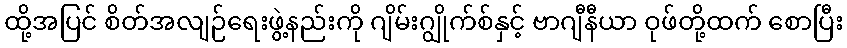
ထို့အပြင် စိတ်အလျဉ်ရေးဖွဲ့နည်းကို ဂျိမ်းဂျွိုက်စ်နှင့် ဗာဂျီနီယာ ဝုဖ်တို့ထက် စောပြီး